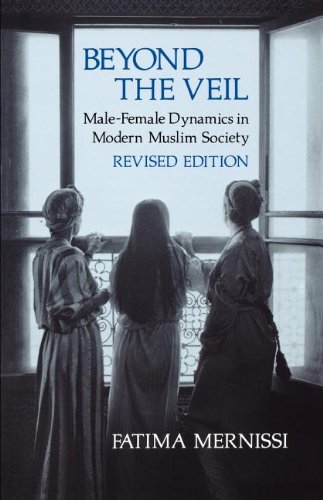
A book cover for Beyond the Veil, Revised Edition: Male-Female Dynamics in Modern Muslim Society; Fatima Mernissi; Religion & Spirituality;